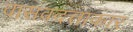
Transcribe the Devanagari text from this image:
वासवदत्ताकार